Report on horse surra - Volume II, Part II
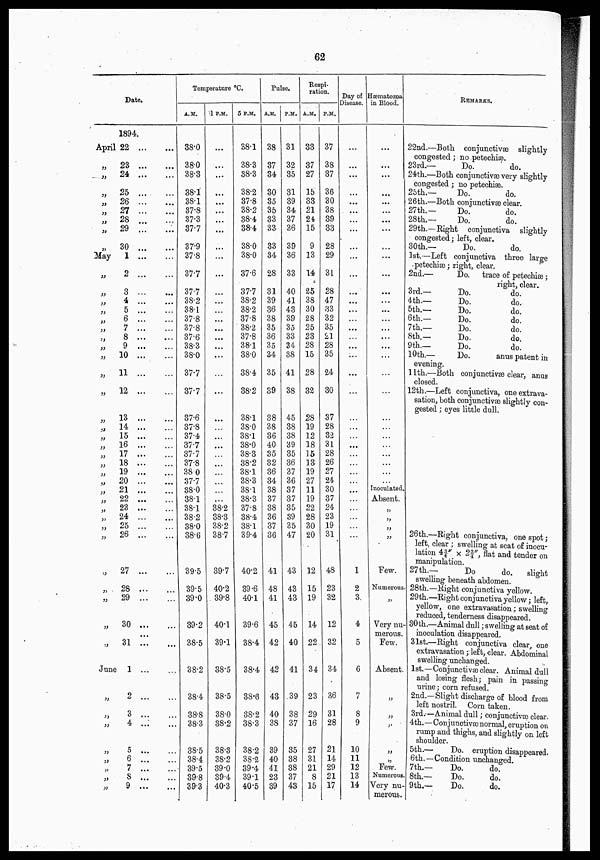
62
Date.
April
„
„
„
„
„
„
„
„
May
„
„
„
„
„
„
„
„
„
„
„
„
„
„
„
„
„
„
„
„
„
„
„
„
„
„
„
„
„
„
June
„
„
„
„
„
„
„
„
1894.
22
23
24
25
26
27
28
29
30
1
2
3
4
5
6
7
8
9
10
11
12
13
14
15
16
17 ...
18 ...
19
20
21
22
23 ...
24
25
26
27
28 ...
29
30
31 ...
1
2
3
4
5
6
7
8
9
Temperature °C.
A.M.
38.0
38.0
38.3
38.1
38.1
37.8
37.3
37.7
37.9
37.8
37.7
37.7
38.2
38.1
37.8
37.8
37.6
38.3
38.0
37.7
37.7
37.6
37.8
37.4
37.7
37.7
37.8
38.0
37.7
38.0
38.1
38.1
38.2
38.0
38.6
39.5
39.5
39.0
39.2
38.5
38.2
38.4
38.8
38.3
38.5
38.4
39.5
39.8
39.3
1 P.M.
...
...
...
...
...
...
...
...
...
...
...
...
...
...
...
...
...
...
...
...
...
......
...
...
...
...
......
...
...
...
...
38.2
38.3
38.2
38.7
39.7
5 P.M.
38.1
38.3
38.3
38.2
37.8
38.2
38.4
38.4
38.0
38.0
37.6
37.7
38.2
38.2
37.8
38.2
37.8
38.1
38.0
38.4
38.2
38.1
38.0
38.1
38.0
38.3
38.2
38.1
38.3
38.1
38.3
37.8
38.4
38.1
39.4
40.2
40.2
39.8
40.1
39.1
38.5
38.5
38.0
38.2
38.3
38.2
39.0
39.4
40.3
39.6
40.1
39.6
38.4
38.4
38.6
38.2
38.3
38.2
38.2
39.4
39.1
40.5
Pulse.
A.M. P.M.
38
37
34
30
35
35
33
33
33
34
28
31
39
36
38
35
36
35
34
35
39
38
38
36
40
35
32
36
34
38
37
38
36
37
36
41
48
41
45
42
42
43
40
38
39
40
41
23
39
31
32
35
31
39
34
37
36
39
36
33
40
41
43
39
35
33
34
38
41
38
45
38
38
39
35
36
37
36
37
37
35
39
35
47
43
43
43
45
40
41
39
38
37
35
38
38
37
43
Respi-
ration.
A.M.
33
37
27
15
33
21
24
15
9
13
14
25
38
30
28
25
23
28
15
28
32
28
19
12
18
]5
13
19
27
11
19
22
28
30
20
12
15
19
14
22
34
23
29
16
27
31
21
8
15
P.M.
37
38
37
36
30
38
39
33
28
29
31
28
47
33
32
35
21
28
35
24
30
37
28
32
31
28
26
27
24
30
37
24
23
19
31
48
23
32
12
32
34
36
31
28
21
14
29
21
17
Day of
Disease.
...
...
...
...
..
..
...
...
..
...
...
...
...
...
,....
...
...
...
...
...
....
...
..
..
...
...
.....
....,
...,.
...
.....
...
...
...
1
2
3.
4
5
6
7
8
9
10
11
12
13
14
Hæmatozoa
in Blood.
...
...
...
...
...
...
...
...
...
...
...
...
..
...
...
...
...
...
...
..
..
...
...
..
..
...
..
...
...
Inoculated.
Absent.
„
„
„
„
Few.
Numerous
„
Very nu-
merous.
Few.
Absent.
„
„
„
„
„
Few.
Numerous.
Very nu-
merous.
REMARKS.
22nd.—Both conjunctivæ slightly
congested; no petechiæ.
23rd.—
Do.
do.
24th.—Both conjunctivæ very slightly
congested; no petechiæ.
25th.—
Do.
do.
26th.—Both conjunctivæ clear.
27th.—
Do.
do.
28th.—
Do.
do.
29th.—Right conjunctiva slightly
congested; left, clear.
30th.—
Do.
do.
1st.—Left conjunctiva three large
petechiæ ; right, clear.
2nd.—
Do. trace of petechiæ ;
right, clear.
3rd.—
Do.
do.
4th.—
Do.
do.
5th.—
Do.
do.
6th.—
Do.
do.
7th.—
Do.
do.
8th.—
Do.
do
9th.—
Do.
do.
10th.—
Do.
anus patent in
evening.
11th.—Both conjunctivæ clear, anus
closed.
12th.—Left conjunctiva, one extrava-
sation, both conjunctivæ slightly con-
gested ; eyes little dull.
26th.—Right conjunctivæ, one spot;
left, clear ; swelling at seat of inocu-
lation 4¾ "×2¾", flat and tender on
manipulation.
27th — ,
Do
do.
slight
swelling beneath abdomen.
28th.—Right conjunctiva yellow.
29th.—Right conjunctiva yellow; left,
yellow, one extravasation; swelling
reduced, tenderness disappeared.
30th.—Animal dull; swelling at seat of
inoculation disappeared.
31st.—Right conjunctiva clear, one
extravasation;left,clear. Abdominal
swelling unchanged.
1st.—Conjunctivæ clear. Animal dull
and losing flesh; pain in passing
urine; corn refused.
2nd.-Slight discharge of blood from
left nostril. Corn taken.
3rd.—Animal dull; conjunctivæ clear.
4th.—Conjunctivæ normal, eruption on
rump and thighs, and slightly on left
shoulder.
5th—
Do.enruption
disappeared.
6th.—Condition unchanged.
7th.—
Do.
do.
8th.—
Do.
do.
9th.—
Do.
do.